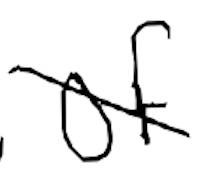
Text: of
Cross-out: diagonal
Writing tool: digital_black